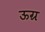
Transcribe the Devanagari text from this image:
ऊग्र